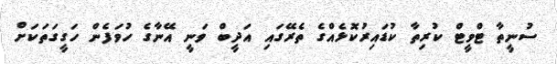
ސުނީތާ ޓްވީޓް ކުރިތާ ކުޑައިރުކޮޅެއްގެ ތެރޭގައި އަދީބް ވަނީ އޭނާގެ ހުވަފެން ހަގީގަތަކަށް